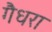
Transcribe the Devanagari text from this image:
गैधरा